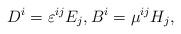
LaTeX: \begin{align*} D^{i} = \varepsilon^{i j} E_{j}, B^{i} = \mu^{i j} H_{j},\end{align*}